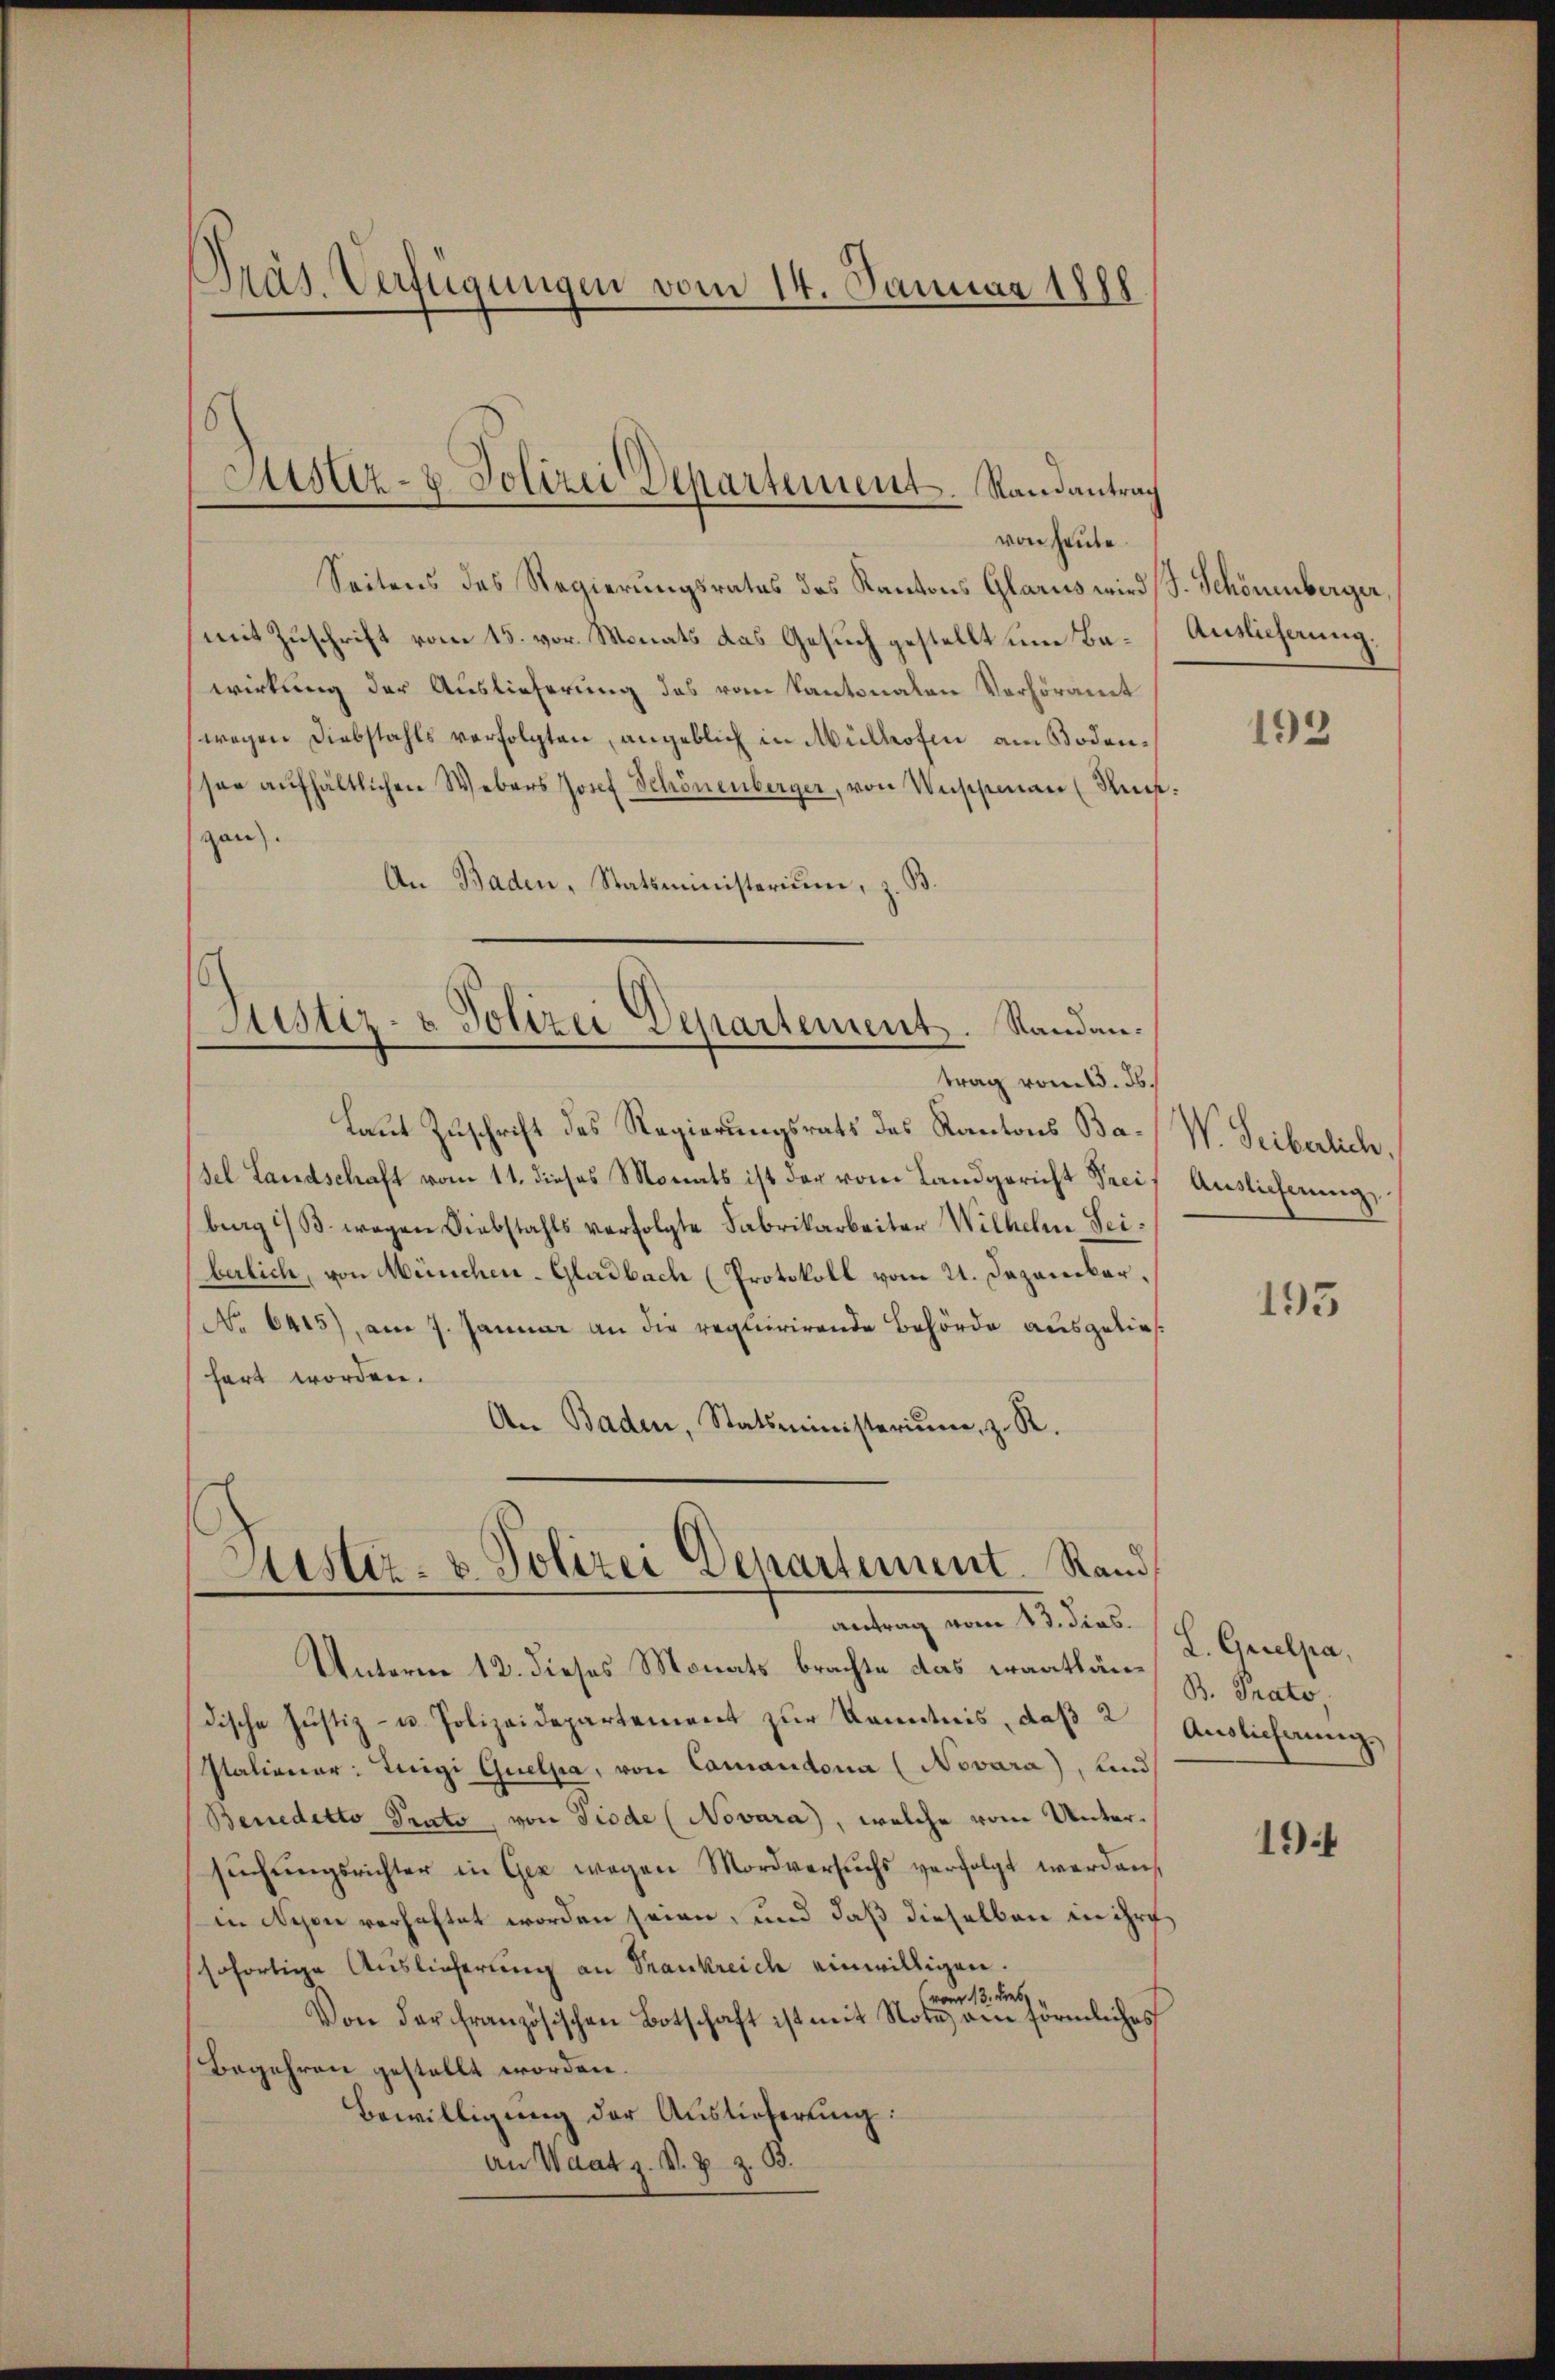
Seitens des Regierungsrates des Kantons Glarus wird (s. Schönenberger,
mit Zuschrift vom 15. vor. Monats das Gesuch gestellt um Ba-Auslicherung,
wirkung der Auslieferung des vom Kantonalen Verhöramt
wegen Diebstahls verfolgten, angeblich in Mülhofen am Bodensoe aŭfhältlichen Webers Josef Schönenberger, von Unschenen (Sui.
gau).
An Baden, Statsministerium, z. B.
Justiz- & Polizei Departement. Sandan¬

Präs. Verfügungen vom 14. Januar 1888

Justiz- & Polizei Departement. Randantrag
von heute

trag vom 13. ds.

Justiz- & Polizei Departement. Stand
antrag vom 13. dies.

Laut Zuschrift des Regierungsrats des Kantons Basel Landschaft vom 11. dieses Monats ist der vom Landgericht Prei
burg i/B. wegen Diebstahls verfolgte Fabrikarbeiter Wilhelm Seiberlich, von München-Gladbach (Protokoll vom 21. Dezember.
No 6415), am 7. Januar an die requirirende Behörde ausgelieshart worden.
An Baden, Statsministerium, z. R.

Unterm 12. dieses Monats brachte das Fraathan H. Prato,
dische Justiz- u. Polizeidepartement zur Kenntnis, daß 2
Italiener: Inigi Quella, von Camandona (Novara), und
Benedetto Prato, von Fiode (Novara, welche vom Untersuchungsrichter in Gez wegen Mordversuchs verfolgt werden,
in Schon verhaftet worden seien, und daß dieselben in ihre
sofortige Auslieferung an Frankreich einwilligen.
vom 13. dies
Von der französischen Botschaft ist mit Note am förmliches
Begehren gestellt worden.
Bewilligŭng der Auslieferung:
An Waatz. V. B. z. B.

193

V. Seiberlich.
Auslieferung

195

L. Grelpa,
Auslichnung.

19